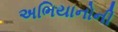
અભિયાનોની